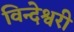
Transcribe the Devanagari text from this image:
विन्देश्वरी